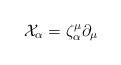
LaTeX: \begin{align*}{\cal X}_{\alpha}=\zeta _{\alpha}^{\mu}\partial _{\mu}\end{align*}